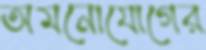
অমনোযোগের